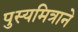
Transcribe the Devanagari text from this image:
पुस्यमित्राने